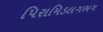
પિરામિડલગભગ